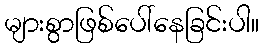
များစွာဖြစ်ပေါ်နေခြင်းပါ။